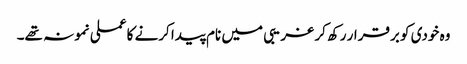
وہ خودی کو برقرار رکھ کر غریبی میں نام پیدا کرنے کا عملی نمونہ تھے۔